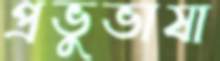
প্রভুভাষা